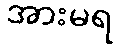
အားမရ